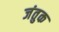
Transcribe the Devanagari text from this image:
जंतुक